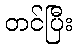
တင်ပြီး